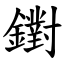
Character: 鑆